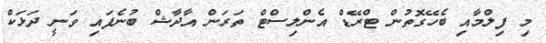
މި ފިލްމާއި ބެހޭގޮތުން ޓްރޭޑް އެންލިސްޓް ތަރަން އާދާޝް ބުނެފައި ވަނީ ދަޅަކް